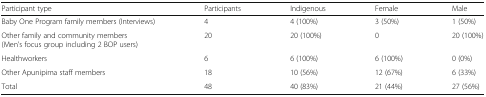
<table><thead><tr><td><b>Participant type</b></td><td><b>Participants</b></td><td><b>Indigenous</b></td><td><b>Female</b></td><td><b>Male</b></td></tr></thead><tbody><tr><td>Baby One Program family members (Interviews)</td><td>4</td><td>4 (100%)</td><td>3 (50%)</td><td>1 (50%)</td></tr><tr><td>Other family and community members (Men’s focus group including 2 BOP users)</td><td>20</td><td>20 (100%)</td><td>0</td><td>20 (100%)</td></tr><tr><td>Healthworkers</td><td>6</td><td>6 (100%)</td><td>6 (100%)</td><td>0 (0%)</td></tr><tr><td>Other Apunipima staff members</td><td>18</td><td>10 (56%)</td><td>12 (67%)</td><td>6 (33%)</td></tr><tr><td>Total</td><td>48</td><td>40 (83%)</td><td>21 (44%)</td><td>27 (56%)</td></tr></tbody></table>